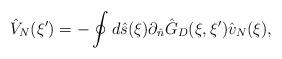
LaTeX: \begin{align*}{\hat{V}_N}(\xi')=-\oint{d}\hat{s}(\xi){\partial_{\hat{n}}}{\hat{G}_D}(\xi,\xi'){\hat{v}_N}(\xi),\end{align*}